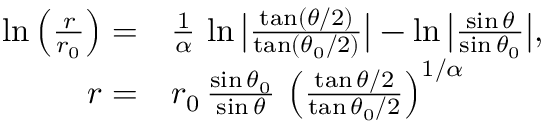
\begin{array} { r l } { \ln \left( \frac { r } { r _ { 0 } } \right) = } & { \frac { 1 } { \alpha } \, \ln \big \vert \frac { \tan ( \theta / 2 ) } { \tan ( \theta _ { 0 } / 2 ) } \big \vert - \ln \big \vert \frac { \sin \theta } { \sin \theta _ { 0 } } \big \vert , } \\ { r = } & { r _ { 0 } \, \frac { \sin \theta _ { 0 } } { \sin \theta } \, \left( \frac { \tan \theta / 2 } { \tan \theta _ { 0 } / 2 } \right) ^ { 1 / \alpha } } \end{array}